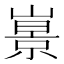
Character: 𡼩